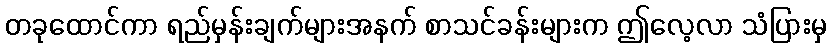
တခုထောင်ကာ ရည်မှန်းချက်များအနက် စာသင်ခန်းများက ဤလေ့လာ သံပြားမှ